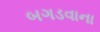
બગડવાના